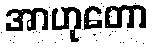
အာဟုတော